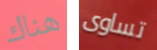
هناك تساوى